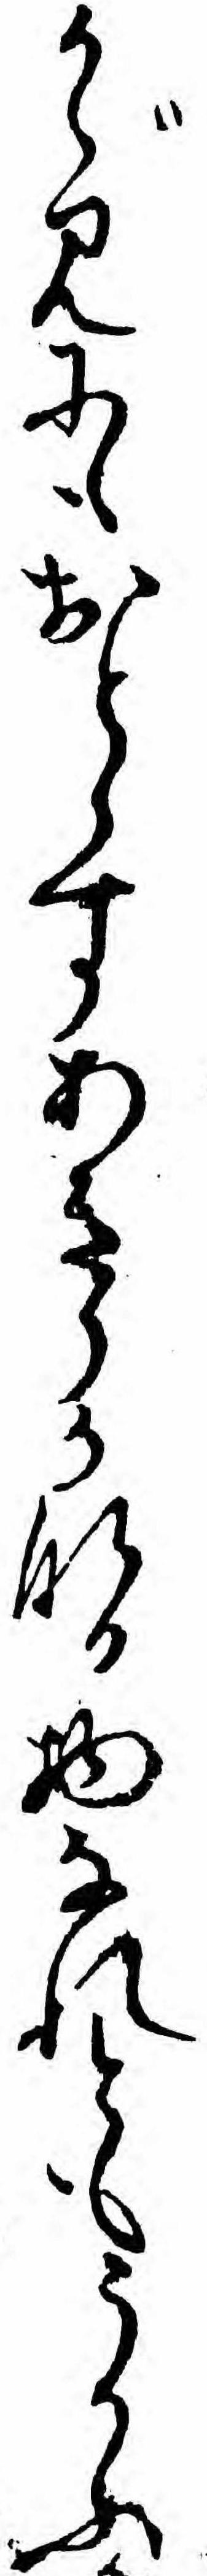
かゞみにもおとらすあきらかなる物なれともうかふ